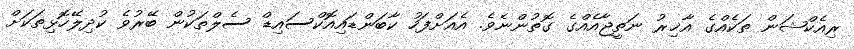
ރިއެކްޝަން ތަކެއްގެ އާޚިރު ނަތީޖާއެއްގެ ގޮތުންނެވެ. އެއަށްފަހު ކާބަންޑައިއޮކްސައިޑް ސެލްތަކުން ބޭރުވެ ކުދިލޭހޮޅިތަކަށް